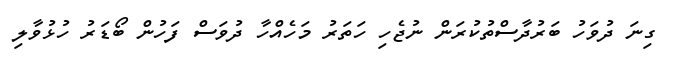
ގިނަ ދުވަހު ބަރުދާސްތުކުރަން ނުޖެހި ހަތަރު މަހެއްހާ ދުވަސް ފަހުން ބޯޑަރު ހުޅުވާލި